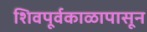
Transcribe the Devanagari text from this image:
शिवपूर्वकाळापासून